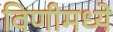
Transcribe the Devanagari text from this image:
विणीमध्ये